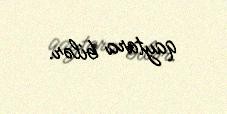
qaytara bilər.